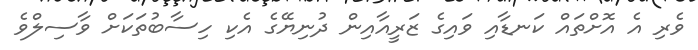
ވެރި އެ އޮށްތައް ކަނޑާއި ވައިގެ ޒަރީއާއިން ދުނިޔޭގެ އެކި ހިސާބުތަކަށް ވާސިލްވެ